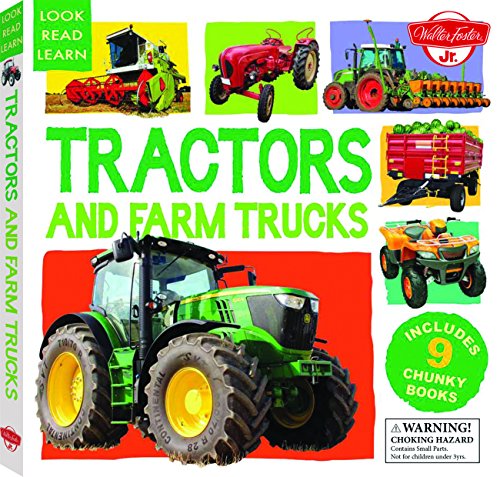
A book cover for Tractors and Farm Trucks: Includes 9 Chunky Books (Look, Read, Learn); Walter Foster Jr. Creative Team; Children's Books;